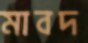
মাবদ